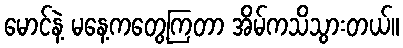
မောင်နဲ့ မနေ့ကတွေ့ကြတာ အိမ်ကသိသွားတယ်။